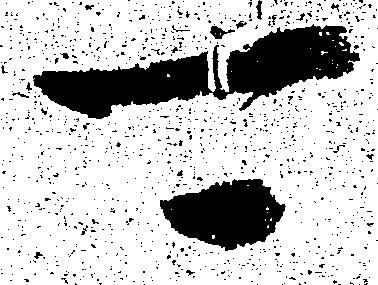
可